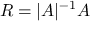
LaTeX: R = | A | ^ { - 1 } A